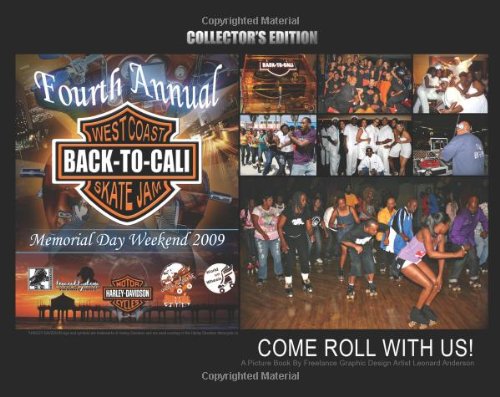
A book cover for Come Roll with Us!: A Picture Book by Freelance Graphic Design Artist Leonard Anderson; Leonard L Anderson; Sports & Outdoors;